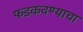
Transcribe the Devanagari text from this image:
फडकवण्याचा